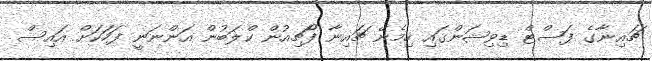
ޗައިނާގެ ފަސްޓް ޑިވިޝަންގައި ހިމެނޭ ޗައިނާ ފޯޗިއުން ކްލަބުން އަންނަނީ ފަހަކަށް އައިސް